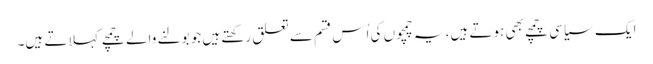
ایک سیاسی چمچے بھی ہوتے ہیں، یہ چمچوں کی اُس قسم سے تعلق رکھتے ہیں جو بولنے والے چمچے کہلاتے ہیں۔